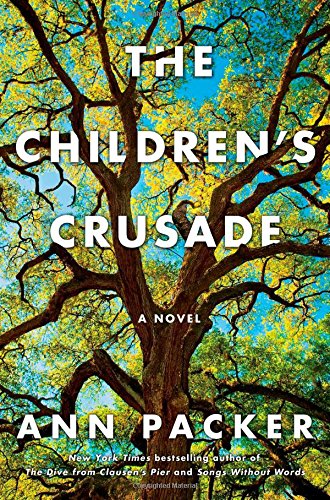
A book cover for The Children's Crusade: A Novel; Ann Packer; Literature & Fiction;